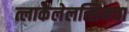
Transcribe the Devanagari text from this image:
त्लाकेलेलत्सिनचा